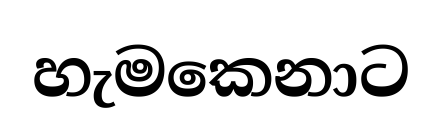
හැමකෙනාට